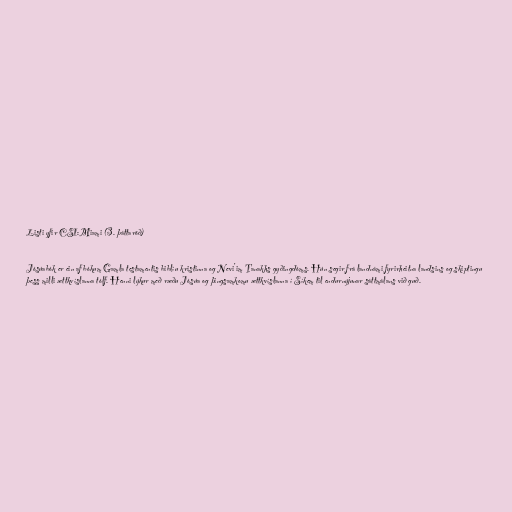
Listi yfir CSI:Miami (3. þáttaröð)

Jósúabók er ein af bókum Gamla testamentis biblíu kristinna og Nevi'im Tanakhs gyðingdóms. Hún segir frá landnámi fyrirheitna landsins og skiptingu
þess milli ættkvíslanna tólf. Henni lýkur með ræðu Jósúa og þingsamkomu ættkvíslanna í Síkem til endurnýjunar sáttmálans við guð.